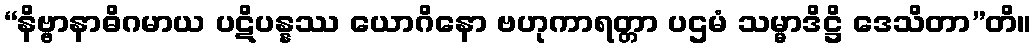
“နိဗ္ဗာနာဓိဂမာယ ပဋိပန္နဿ ယောဂိနော ဗဟုကာရတ္တာ ပဌမံ သမ္မာဒိဋ္ဌိ ဒေသိတာ”တိ။